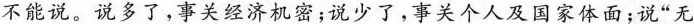
不能说。说多了，事关经济机密；说少了，事关个人及国家体面；说”无